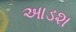
આડશ